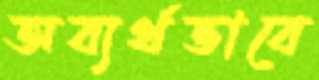
অব্যর্থভাবে